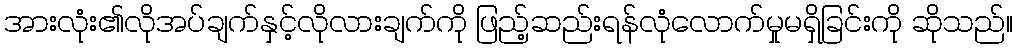
အားလုံး၏လိုအပ်ချက်နှင့်လိုလားချက်ကို ဖြည့်ဆည်းရန်လုံလောက်မှုမရှိခြင်းကို ဆိုသည်။